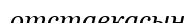
отставкасын